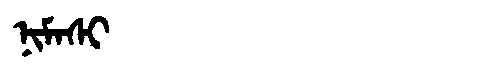
Manchu: ᠨᡳᠮᠠᠰᡳ
Romanization: NIMASI